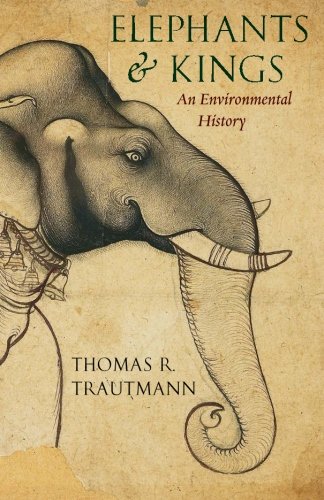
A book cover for Elephants and Kings: An Environmental History; Thomas R. Trautmann; History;